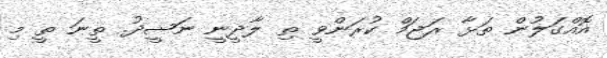
އޮއްގަލުން ތަޅާ ރަޖަމް ކުރަންވީ ތި ލާދީނީ ނަޝީދު. ތީނަ ތީ މި